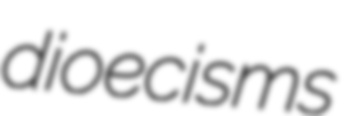
dioecisms